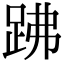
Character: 𧿳